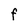
Character: F